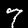
Digit: 7